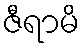
ဇီရာမိ